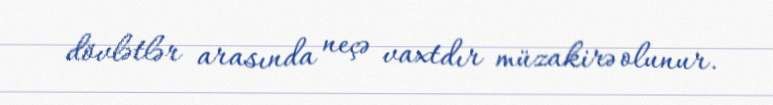
dövlətlər arasında neçə vaxtdır müzakirə olunur.